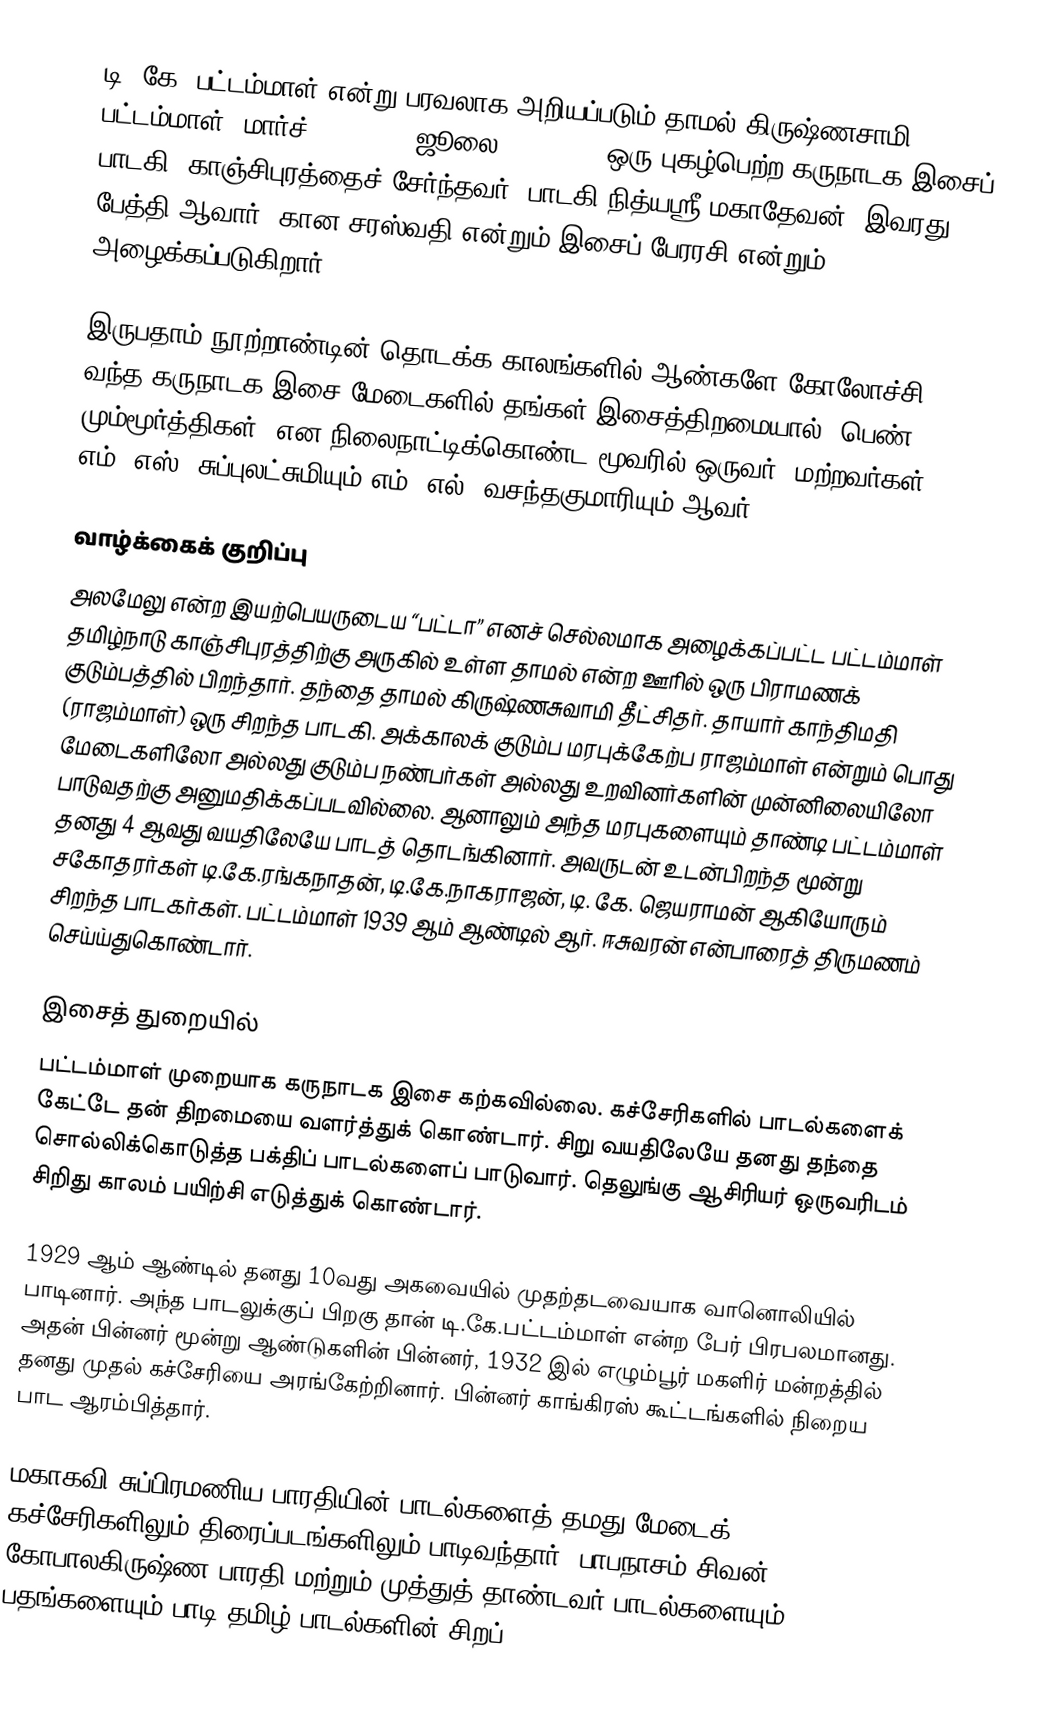
டி. கே. பட்டம்மாள் என்று பரவலாக அறியப்படும் தாமல் கிருஷ்ணசாமி பட்டம்மாள் (மார்ச் 19, 1919- ஜூலை 16, 2009) ஒரு புகழ்பெற்ற கருநாடக இசைப் பாடகி. காஞ்சிபுரத்தைச் சேர்ந்தவர். பாடகி நித்யஸ்ரீ மகாதேவன், இவரது பேத்தி ஆவார்.  கான சரஸ்வதி என்றும்  இசைப் பேரரசி என்றும்  அழைக்கப்படுகிறார்.

இருபதாம் நூற்றாண்டின் தொடக்க காலங்களில் ஆண்களே கோலோச்சி வந்த கருநாடக இசை மேடைகளில் தங்கள் இசைத்திறமையால் 'பெண் மும்மூர்த்திகள்' என நிலைநாட்டிக்கொண்ட மூவரில் ஒருவர். மற்றவர்கள் எம். எஸ். சுப்புலட்சுமியும் எம். எல். வசந்தகுமாரியும் ஆவர்.

வாழ்க்கைக் குறிப்பு
அலமேலு என்ற இயற்பெயருடைய “பட்டா” எனச் செல்லமாக அழைக்கப்பட்ட பட்டம்மாள் தமிழ்நாடு காஞ்சிபுரத்திற்கு அருகில் உள்ள தாமல் என்ற ஊரில் ஒரு பிராமணக் குடும்பத்தில் பிறந்தார். தந்தை தாமல் கிருஷ்ணசுவாமி தீட்சிதர். தாயார் காந்திமதி (ராஜம்மாள்) ஒரு சிறந்த பாடகி. அக்காலக் குடும்ப மரபுக்கேற்ப ராஜம்மாள் என்றும் பொது மேடைகளிலோ அல்லது குடும்ப நண்பர்கள் அல்லது உறவினர்களின் முன்னிலையிலோ பாடுவதற்கு அனுமதிக்கப்படவில்லை. ஆனாலும் அந்த மரபுகளையும் தாண்டி பட்டம்மாள் தனது 4 ஆவது வயதிலேயே பாடத் தொடங்கினார். அவருடன் உடன்பிறந்த மூன்று சகோதரர்கள் டி.கே.ரங்கநாதன், டி.கே.நாகராஜன், டி. கே. ஜெயராமன் ஆகியோரும் சிறந்த பாடகர்கள். பட்டம்மாள் 1939 ஆம் ஆண்டில் ஆர். ஈசுவரன் என்பாரைத் திருமணம் செய்ய்துகொண்டார்.

இசைத் துறையில்
பட்டம்மாள் முறையாக கருநாடக இசை கற்கவில்லை. கச்சேரிகளில் பாடல்களைக் கேட்டே தன் திறமையை வளர்த்துக் கொண்டார். சிறு வயதிலேயே தனது தந்தை சொல்லிக்கொடுத்த பக்திப் பாடல்களைப் பாடுவார். தெலுங்கு ஆசிரியர் ஒருவரிடம் சிறிது காலம் பயிற்சி எடுத்துக் கொண்டார்.

1929 ஆம் ஆண்டில் தனது 10வது அகவையில் முதற்தடவையாக வானொலியில் பாடினார். அந்த பாடலுக்குப் பிறகு தான் டி.கே.பட்டம்மாள் என்ற பேர் பிரபலமானது. அதன் பின்னர் மூன்று ஆண்டுகளின் பின்னர், 1932 இல் எழும்பூர் மகளிர் மன்றத்தில் தனது முதல் கச்சேரியை அரங்கேற்றினார். பின்னர் காங்கிரஸ் கூட்டங்களில் நிறைய பாட ஆரம்பித்தார்.

மகாகவி சுப்பிரமணிய பாரதியின் பாடல்களைத் தமது மேடைக் கச்சேரிகளிலும் திரைப்படங்களிலும் பாடிவந்தார். பாபநாசம் சிவன், கோபாலகிருஷ்ண பாரதி மற்றும் முத்துத் தாண்டவர் பாடல்களையும் பதங்களையும் பாடி தமிழ் பாடல்களின் சிறப்